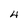
Character: 4